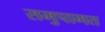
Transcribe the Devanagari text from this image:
समुपागत